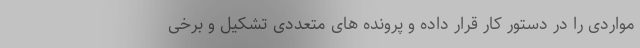
مواردی را در دستور کار قرار داده و پرونده های متعددی تشکیل و برخی